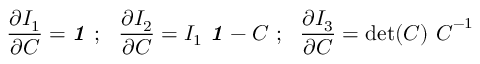
{ \frac { \partial I _ { 1 } } { \partial { \boldsymbol { C } } } } = { \boldsymbol { \mathit { 1 } } } ~ ; ~ ~ { \frac { \partial I _ { 2 } } { \partial { \boldsymbol { C } } } } = I _ { 1 } ~ { \boldsymbol { \mathit { 1 } } } - { \boldsymbol { C } } ~ ; ~ ~ { \frac { \partial I _ { 3 } } { \partial { \boldsymbol { C } } } } = \operatorname* { d e t } ( { \boldsymbol { C } } ) ~ { \boldsymbol { C } } ^ { - 1 }